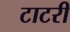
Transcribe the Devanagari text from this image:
टाटरी